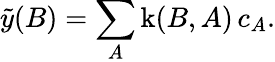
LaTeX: \tilde{y}(B)=\sum_{A}\operatorname{k}(B,A)\, c_{A}.